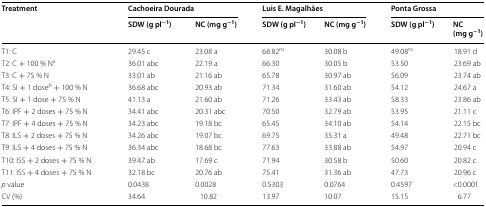
<table><thead><tr><td rowspan="2"><b>Treatment</b></td><td colspan="2"><b>Cachoeira Dourada</b></td><td colspan="2"><b>Luis E. Magalhães</b></td><td colspan="2"><b>Ponta Grossa</b></td></tr><tr><td><b>SDW (g pl<sup>−1</sup>)</b></td><td><b>NC (mg g<sup>−1</sup>)</b></td><td><b>SDW (g pl<sup>−1</sup>)</b></td><td><b>NC (mg g<sup>−1</sup>)</b></td><td><b>SDW (g pl<sup>−1</sup>)</b></td><td><b>NC (mg g<sup>−1</sup>)</b></td></tr></thead><tbody><tr><td>T1: C</td><td>29.45 c</td><td>23.08 a</td><td>68.82<sup>ns</sup></td><td>30.08 b</td><td>49.08<sup>ns</sup></td><td>18.91 d</td></tr><tr><td>T2: C + 100 % N<sup>a</sup></td><td>36.01 abc</td><td>22.19 a</td><td>66.30</td><td>30.05 b</td><td>53.50</td><td>23.69 ab</td></tr><tr><td>T3: C + 75 % N</td><td>33.01 ab</td><td>21.16 ab</td><td>65.78</td><td>30.97 ab</td><td>56.09</td><td>23.74 ab</td></tr><tr><td>T4: SI + 1 dose<sup>b</sup> + 100 % N</td><td>36.68 abc</td><td>20.93 ab</td><td>71.34</td><td>31.60 ab</td><td>54.12</td><td>24.67 a</td></tr><tr><td>T5: SI + 1 dose + 75 % N</td><td>41.13 a</td><td>21.60 ab</td><td>71.26</td><td>33.43 ab</td><td>58.33</td><td>23.86 ab</td></tr><tr><td>T6: IPF + 2 doses + 75 % N</td><td>34.41 abc</td><td>20.31 abc</td><td>70.50</td><td>32.79 ab</td><td>53.95</td><td>21.11 c</td></tr><tr><td>T7: IPF + 4 doses + 75 % N</td><td>34.23 abc</td><td>19.18 bc</td><td>65.45</td><td>34.10 ab</td><td>54.14</td><td>22.15 bc</td></tr><tr><td>T8: ILS + 2 doses + 75 % N</td><td>34.26 abc</td><td>19.07 bc</td><td>69.75</td><td>35.31 a</td><td>49.48</td><td>22.71 bc</td></tr><tr><td>T9: ILS + 4 doses + 75 % N</td><td>36.34 abc</td><td>18.68 bc</td><td>77.63</td><td>33.88 ab</td><td>54.97</td><td>20.94 c</td></tr><tr><td>T10: ISS + 2 doses + 75 % N</td><td>39.47 ab</td><td>17.69 c</td><td>71.94</td><td>30.58 b</td><td>50.60</td><td>20.82 c</td></tr><tr><td>T11: ISS + 4 doses + 75 % N</td><td>32.18 bc</td><td>20.76 ab</td><td>75.41</td><td>31.36 ab</td><td>47.73</td><td>20.96 c</td></tr><tr><td><i>p</i> value</td><td>0.0438</td><td>0.0028</td><td>0.5303</td><td>0.0764</td><td>0.4597</td><td>&lt;0.0001</td></tr><tr><td>CV (%)</td><td>34.64</td><td> 10.82</td><td>13.97</td><td>10.07</td><td>15.15</td><td>6.77</td></tr></tbody></table>